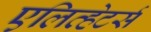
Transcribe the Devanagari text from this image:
एलिव्हेटर्स